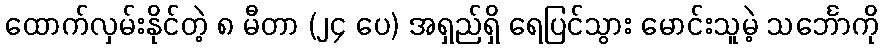
ထောက်လှမ်းနိုင်တဲ့ ၈ မီတာ (၂၄ ပေ) အရှည်ရှိ ရေပြင်သွား မောင်းသူမဲ့ သင်္ဘောကို